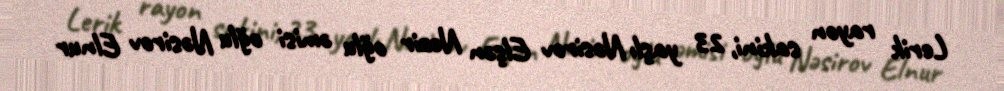
Lerik rayon sakini, 23 yaşlı Nəsirov Elşən Nəzir oğlu əmisi oğlu Nəsirov Elnur